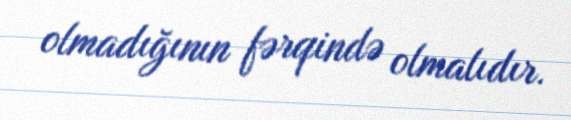
olmadığının fərqində olmalıdır.